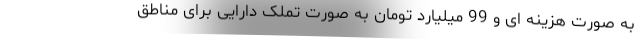
به صورت هزینه ای و 99 میلیارد تومان به صورت تملک دارایی برای مناطق